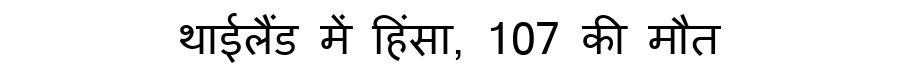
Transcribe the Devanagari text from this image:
थाईलैंड में हिंसा, 107 की मौत